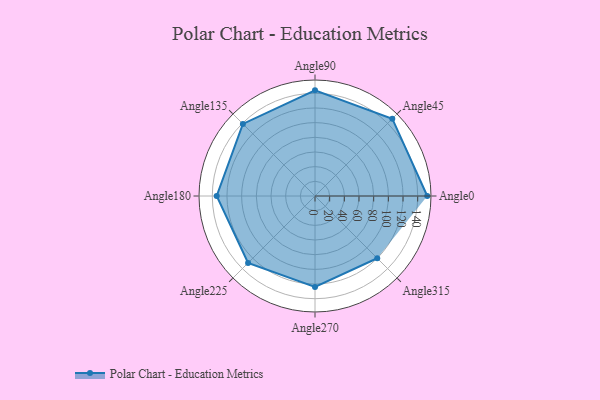
{"axis": {"x": "Angle", "y": "Radius"}, "legend": [""], "data": [{"x": "Angle0", "y": 153.0, "type": ""}, {"x": "Angle45", "y": 149.0, "type": ""}, {"x": "Angle90", "y": 144.0, "type": ""}, {"x": "Angle135", "y": 139.0, "type": ""}, {"x": "Angle180", "y": 134.0, "type": ""}, {"x": "Angle225", "y": 129.0, "type": ""}, {"x": "Angle270", "y": 124.0, "type": ""}, {"x": "Angle315", "y": 120.0, "type": ""}]}